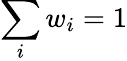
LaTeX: \sum_{i}w_{i}=1